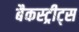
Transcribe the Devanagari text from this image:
बैकस्ट्रीट्स